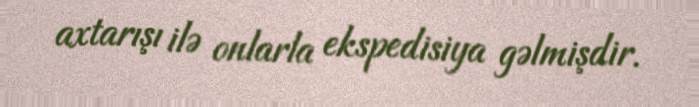
axtarışı ilə onlarla ekspedisiya gəlmişdir.